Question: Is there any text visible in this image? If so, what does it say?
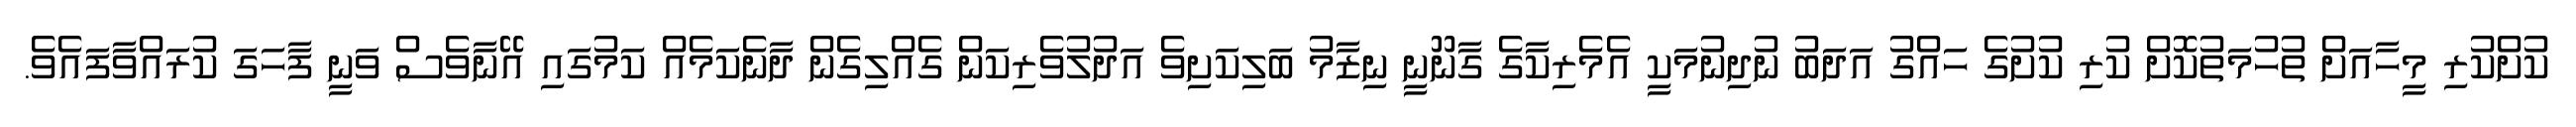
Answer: ކުށްކުރި މީހާއަށް ތުހުމަތުކޮށް ކުރި ކުށުގެ ހައްގު އަދަބު ނުދިނުމަކީ އެމެރިކާގެ ގާނޫނީ ނިޒާމު ބަލިކަށިވެ އަދުލުވެރިކަން ގެއްލިގެން ދާނެކަމެއް ކަމުގައި އޭނާވެސް ވަނީ ފާހަގަ ކުރައްވާފައެވެ.